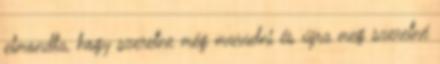
elmondta, hogy szeretne még maradni és újra meg szeretné